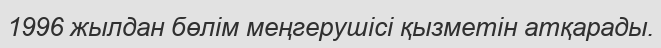
1996 жылдан бөлім меңгерушісі қызметін атқарады.